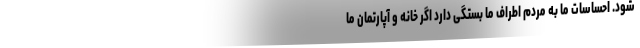
شود. احساسات ما به مردم اطراف ما بستگی دارد اگر خانه و آپارتمان ما